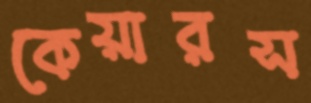
কেয়ারস